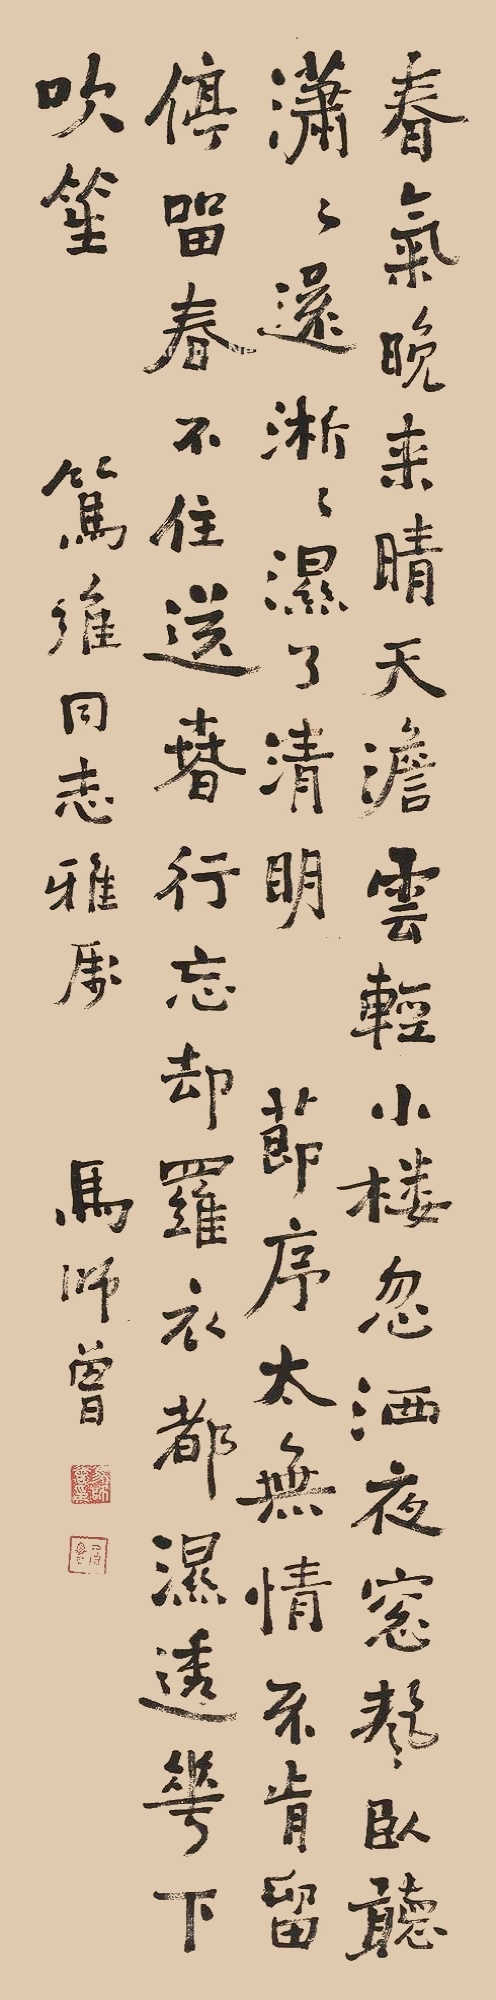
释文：春气晚来晴，天淡云轻。小楼忽洒夜窗声。卧听潇潇还淅淅，湿了清明。节序太无情，不肯留停。留春不住送春行。忘却罗衣都湿透，花下吹笙。笃维同志雅属，马师曾。